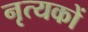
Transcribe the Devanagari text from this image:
नृत्यकों